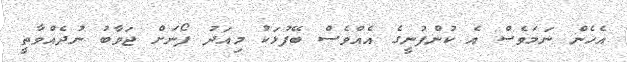
އެހެން ނަމަވެސް އެ ކުންފުނީގެ އެއްވެސް ބޭފުޅަކު މިއަދު ފޯނަށް ޖަވާބު ނުދެއްވާތީ